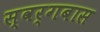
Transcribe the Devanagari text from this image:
स्वर्गबास